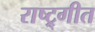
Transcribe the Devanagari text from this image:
राष्ट्र्गीत